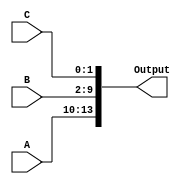
module ConcatenationExample (
    input  wire [3:0] A,  // 4-bit input
    input  wire [7:0] B,  // 8-bit input
    input  wire [1:0] C,  // 2-bit input
    output wire [13:0] Output // Output width: 4 + 8 + 2 = 14 bits
);

// Continuous assignment for concatenation
assign Output = {A, B, C};

endmodule